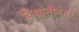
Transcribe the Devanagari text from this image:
विश्रांतीनंतर